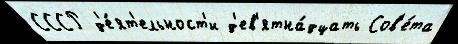
СССР д'е́ят'ельност'и д'ев'ятна́дцать Сов'е́та